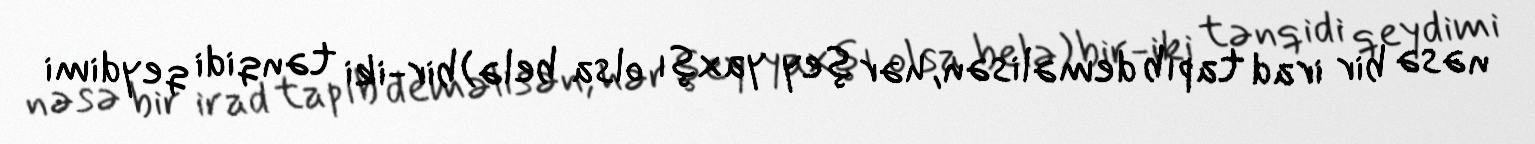
nəsə bir irad tapıb deməlisən, hər şey yaxşı olsa belə) bir-iki tənqidi qeydimi